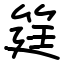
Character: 筳